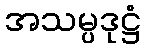
အသမ္ပဒုဋ္ဌံ